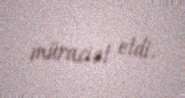
müraciət etdi.